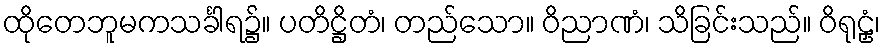
ထိုတေဘူမကသင်္ခါရ၌။ ပတိဋ္ဌိတံ၊ တည်သော။ ဝိညာဏံ၊ သိခြင်းသည်။ ဝိရုဠှံ၊